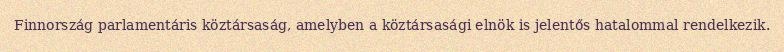
Finnország parlamentáris köztársaság, amelyben a köztársasági elnök is jelentős hatalommal rendelkezik.